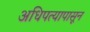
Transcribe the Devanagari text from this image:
अधिपत्यापासून